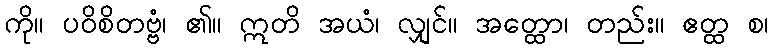
ကို။ ပဝိစိတဗ္ဗံ၊ ၏။ ဣတိ အယံ၊ လျှင်။ အတ္ထော၊ တည်း။ ဧတ္ထ စ၊